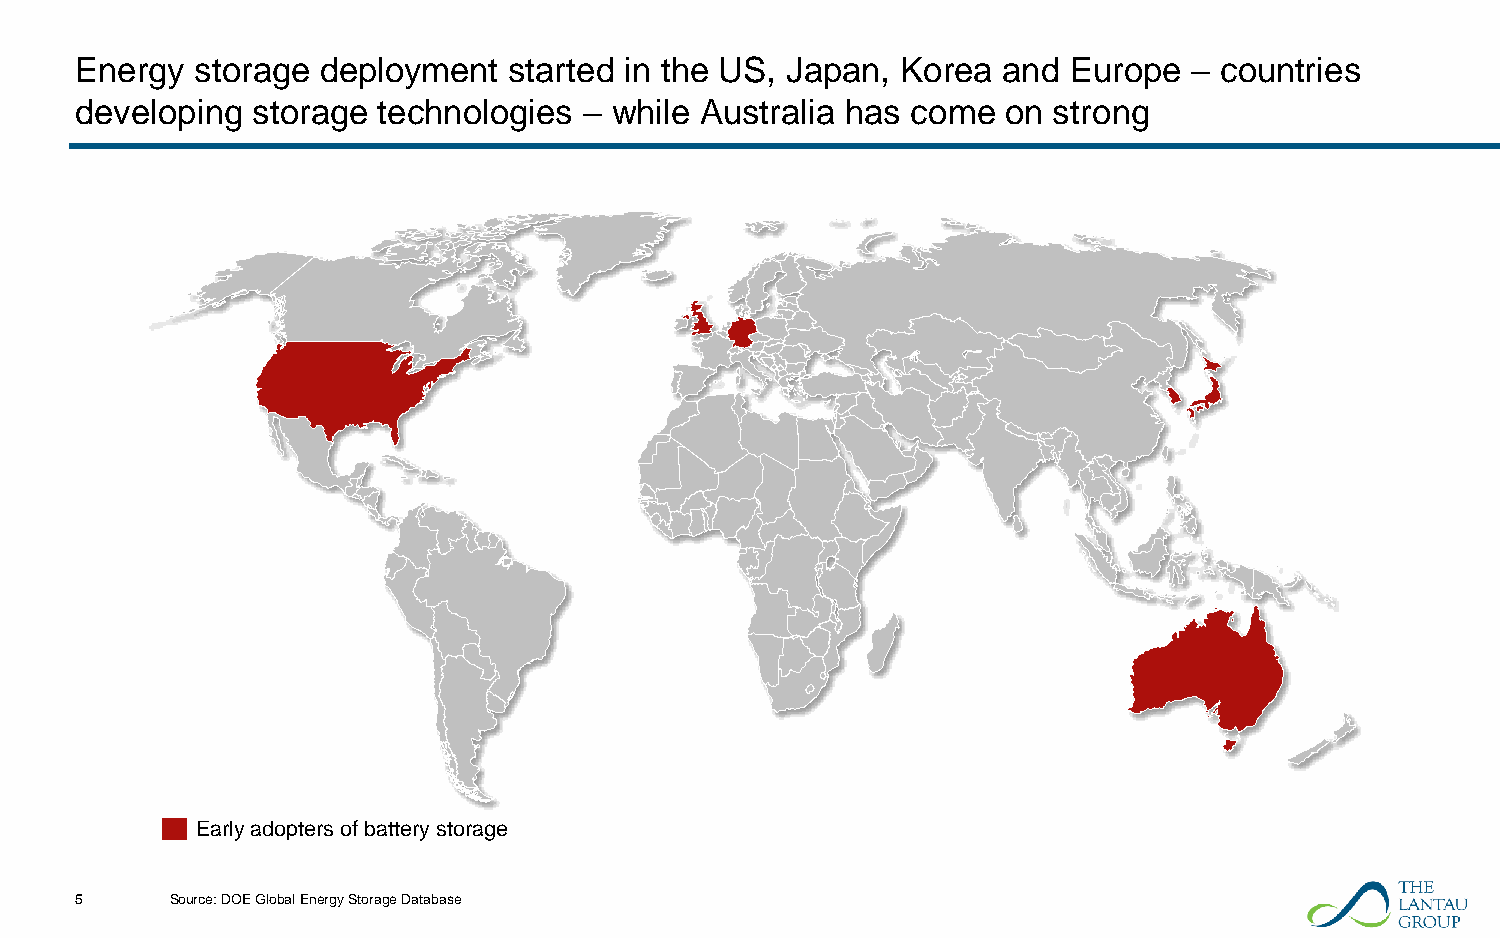
Energy  storage deployment   started in the US, Japan, Korea and  Europe  – countries
 developing  storage technologies  – while Australia has come  on strong
 Early adopters of battery storage
 5     Source: DOE Global Energy Storage Database